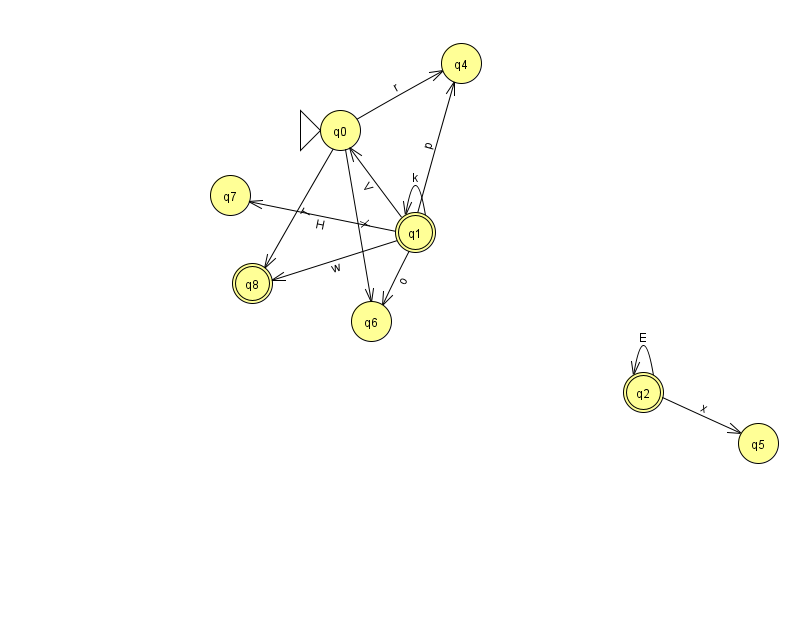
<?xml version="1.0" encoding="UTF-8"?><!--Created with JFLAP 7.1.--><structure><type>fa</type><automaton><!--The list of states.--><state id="0" name="q0"><x>340.0</x><y>117.0</y><initial/></state><state id="1" name="q1"><x>415.0</x><y>219.0</y><final/></state><state id="2" name="q2"><x>643.0</x><y>379.0</y><final/></state><state id="4" name="q4"><x>461.0</x><y>50.0</y></state><state id="5" name="q5"><x>758.0</x><y>430.0</y></state><state id="6" name="q6"><x>371.0</x><y>308.0</y></state><state id="7" name="q7"><x>230.0</x><y>182.0</y></state><state id="8" name="q8"><x>252.0</x><y>270.0</y><final/></state><!--The list of transitions.--><transition><from>2</from><to>2</to><read>E</read></transition><transition><from>0</from><to>8</to><read>T</read></transition><transition><from>0</from><to>4</to><read>r</read></transition><transition><from>1</from><to>6</to><read>o</read></transition><transition><from>0</from><to>6</to><read>X</read></transition><transition><from>1</from><to>7</to><read>H</read></transition><transition><from>2</from><to>5</to><read>x</read></transition><transition><from>1</from><to>1</to><read>k</read></transition><transition><from>1</from><to>4</to><read>p</read></transition><transition><from>1</from><to>8</to><read>w</read></transition><transition><from>1</from><to>0</to><read>V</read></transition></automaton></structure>